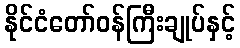
နိုင်ငံတော်ဝန်ကြီးချုပ်နှင့်